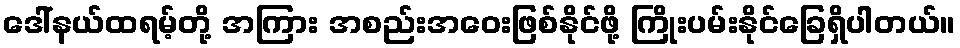
ဒေါ်နယ်ထရမ့်တို့ အကြား အစည်းအဝေးဖြစ်နိုင်ဖို့ ကြိုးပမ်းနိုင်ခြေရှိပါတယ်။